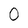
Character: 0